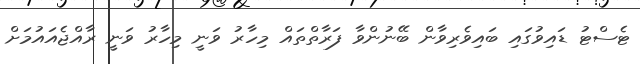
ޓެސްޓު ޑައިވުގައި ބައިވެރިވާން ބޭނުންވާ ފަރާތްތައް މިހާރު ވަނީ މިހާރު ވަނީ ރާއްޖެއައުމަށް